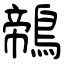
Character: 鶙